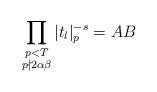
LaTeX: \begin{align*} \prod_{{\substack{p<T \\ p\nmid 2\alpha\beta}}}|t_l|^{-s}_p = AB\end{align*}